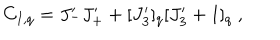
C _ { I , q } = J _ { - } ^ { \prime } J _ { + } ^ { \prime } + [ J _ { 3 } ^ { \prime } ] _ { q } [ J _ { 3 } ^ { \prime } + 1 ] _ { q } ~ ,